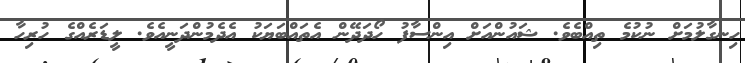
ހިނގާލުމަށް ނުކުމެ ތިއްބެވެ. ޝައުންއަށް އިންސާފު ހޯދަދޭން އެތައްބަޔަކު އެދެމުންދަނީއެވެ. ލީޑަރެއްގެ ހުރިހާ